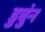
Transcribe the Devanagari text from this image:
डुबुंन